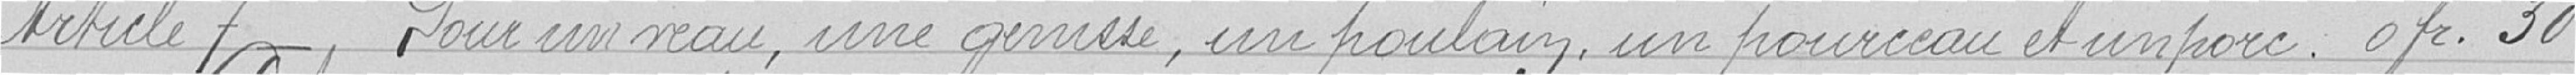
Article 7 - Pour un veau, une génisse, un poulain, un pourceau et un porc. 0 franc 30